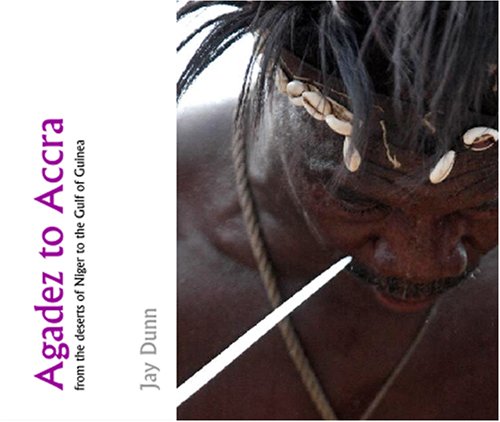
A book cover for Agadez to Accra: from the deserts of Niger to the Gulf of Guinea; Jay Dunn; Travel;